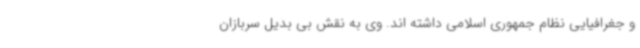
و جغرافیایی نظام جمهوری اسلامی داشته اند. وی به نقش بی بدیل سربازان